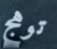
توهج